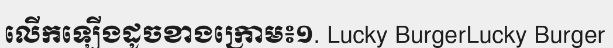
លើកឡើងដូចខាងក្រោម៖១. Lucky BurgerLucky Burger